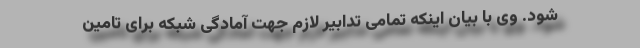
شود. وی با بیان اینکه تمامی تدابیر لازم جهت آ‌مادگی شبکه برای تامین